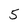
Character: 5